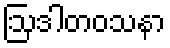
ဩဒါတဝသနာ